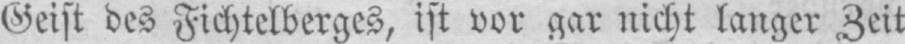
Geist des Fichtelberges, ist vor gar nicht langer Zeit